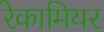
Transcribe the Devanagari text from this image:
रेकामियर